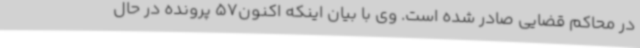
در محاکم قضایی صادر شده است. وی با بیان اینکه اکنون57 پرونده در حال